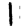
Digit: 1